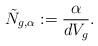
LaTeX: \begin{align*}\tilde{N}_{g,\alpha}:=\frac{\alpha}{dV_g}.\end{align*}